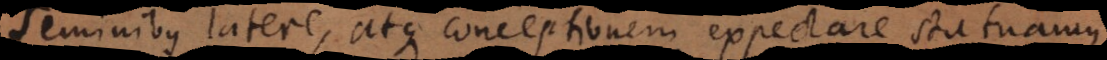
seminibus latere, atque conceptionem expectare statuamus,